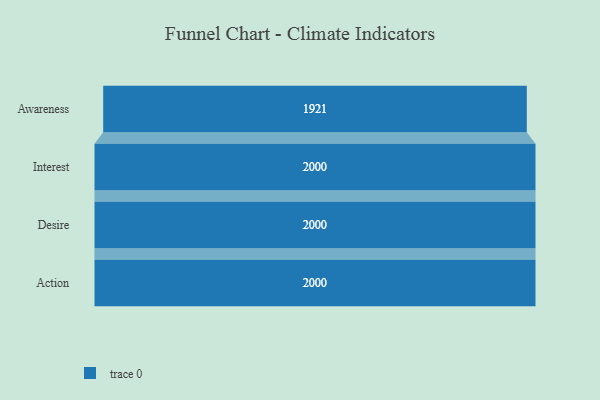
{"axis": {"x": "Stage", "y": "Value"}, "legend": [""], "data": [{"x": "Awareness", "y": 1921.0, "type": ""}, {"x": "Interest", "y": 2000, "type": ""}, {"x": "Desire", "y": 2000, "type": ""}, {"x": "Action", "y": 2000, "type": ""}]}